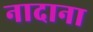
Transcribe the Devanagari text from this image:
नादाना